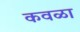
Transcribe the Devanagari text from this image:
कवळा